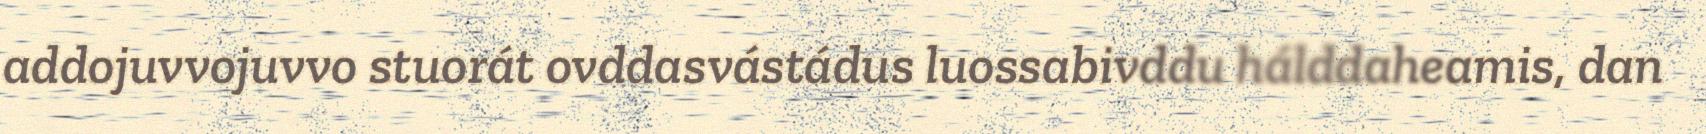
addojuvvojuvvo stuorát ovddasvástádus luossabivddu hálddaheamis, dan